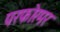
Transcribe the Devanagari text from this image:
परफोरमर